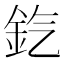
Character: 𨥊